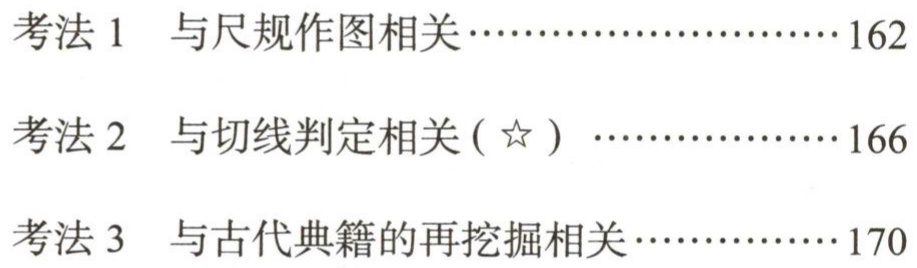
考法 1 与尺规作图相关··························162

考法 2 与切线判定相关(☆)····················166

考法 3 与古代典籍的再挖掘相关···············170